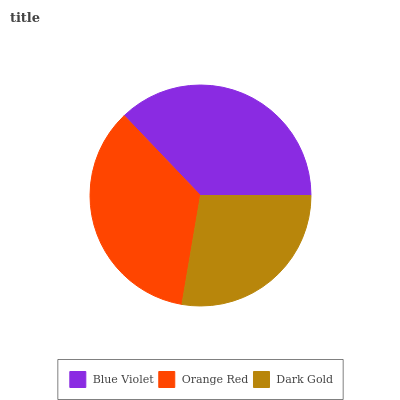
| Blue Violet | Orange Red | Dark Gold |
 | --- | --- | --- |
 | 37.1% | 35.2% | 27.7% |